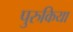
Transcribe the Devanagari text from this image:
पुरुकिया